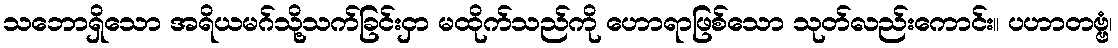
သဘောရှိသော အရိယမဂ်သို့သက်ခြင်းငှာ မထိုက်သည်ကို ဟောရာဖြစ်သော သုတ်လည်းကောင်း။ ပဟာတဗ္ဗံ၊